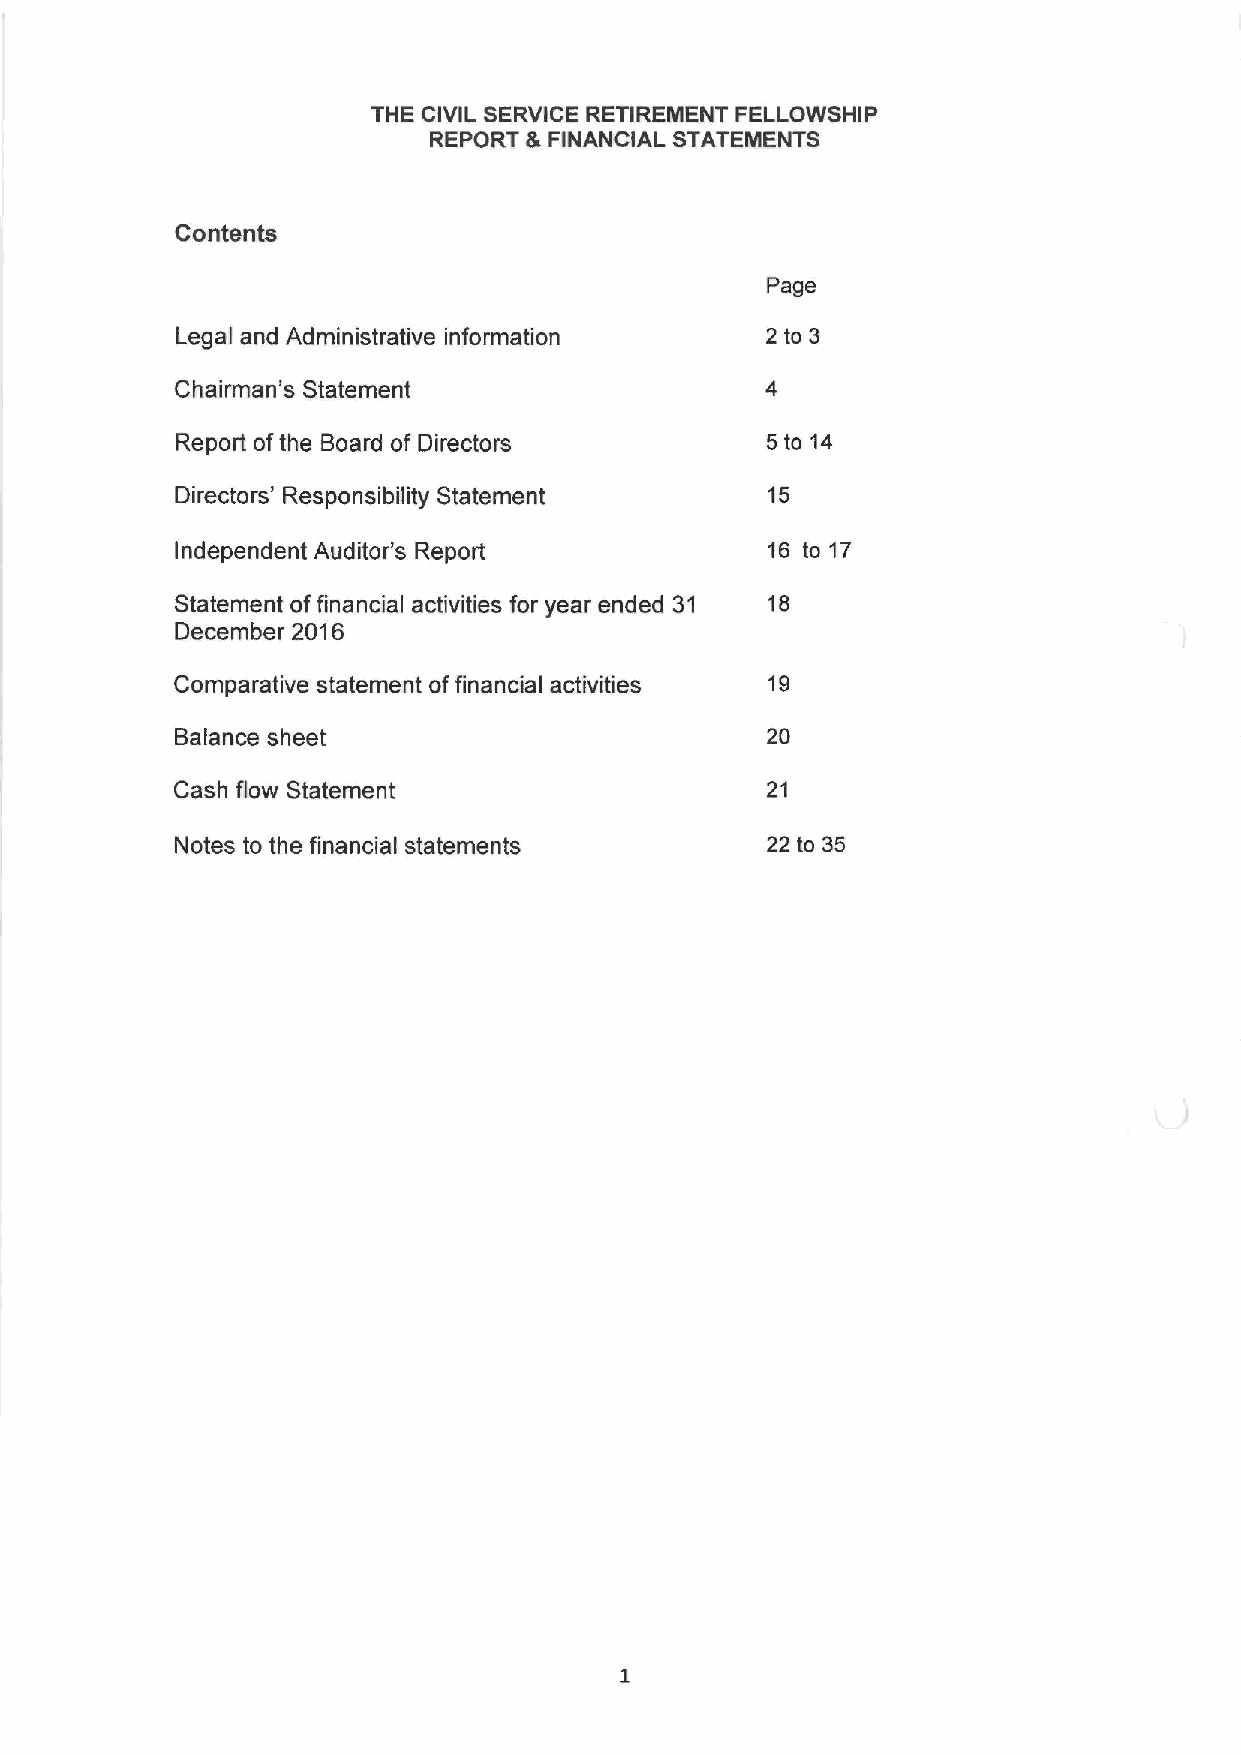
THE CIVIL SERVICE RETIREMENT FELLOWSHIP
 REPORT S FINANCIAL STATEMENTS
 Contents
 Page
 Lega and Administrative information    2 to 3
 I
 Chairman's Statement
 Report ofthe Board of Directors        5 to 14
 Directors' Responsibility Statement    15
 Independent Auditor's Report           16 to 17
 Statement offinancial activities for year ended 31 18
 December 2016
 Comparative statement offinancial activities 19
 Balance sheet                          20
 Cash flow Statement                    21
 Notes to the financial statements      22 to 35